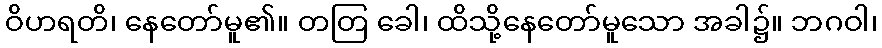
ဝိဟရတိ၊ နေတော်မူ၏။ တတြ ခေါ၊ ထိသို့နေတော်မူသော အခါ၌။ ဘဂဝါ၊